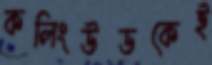
কলিংউডকেই